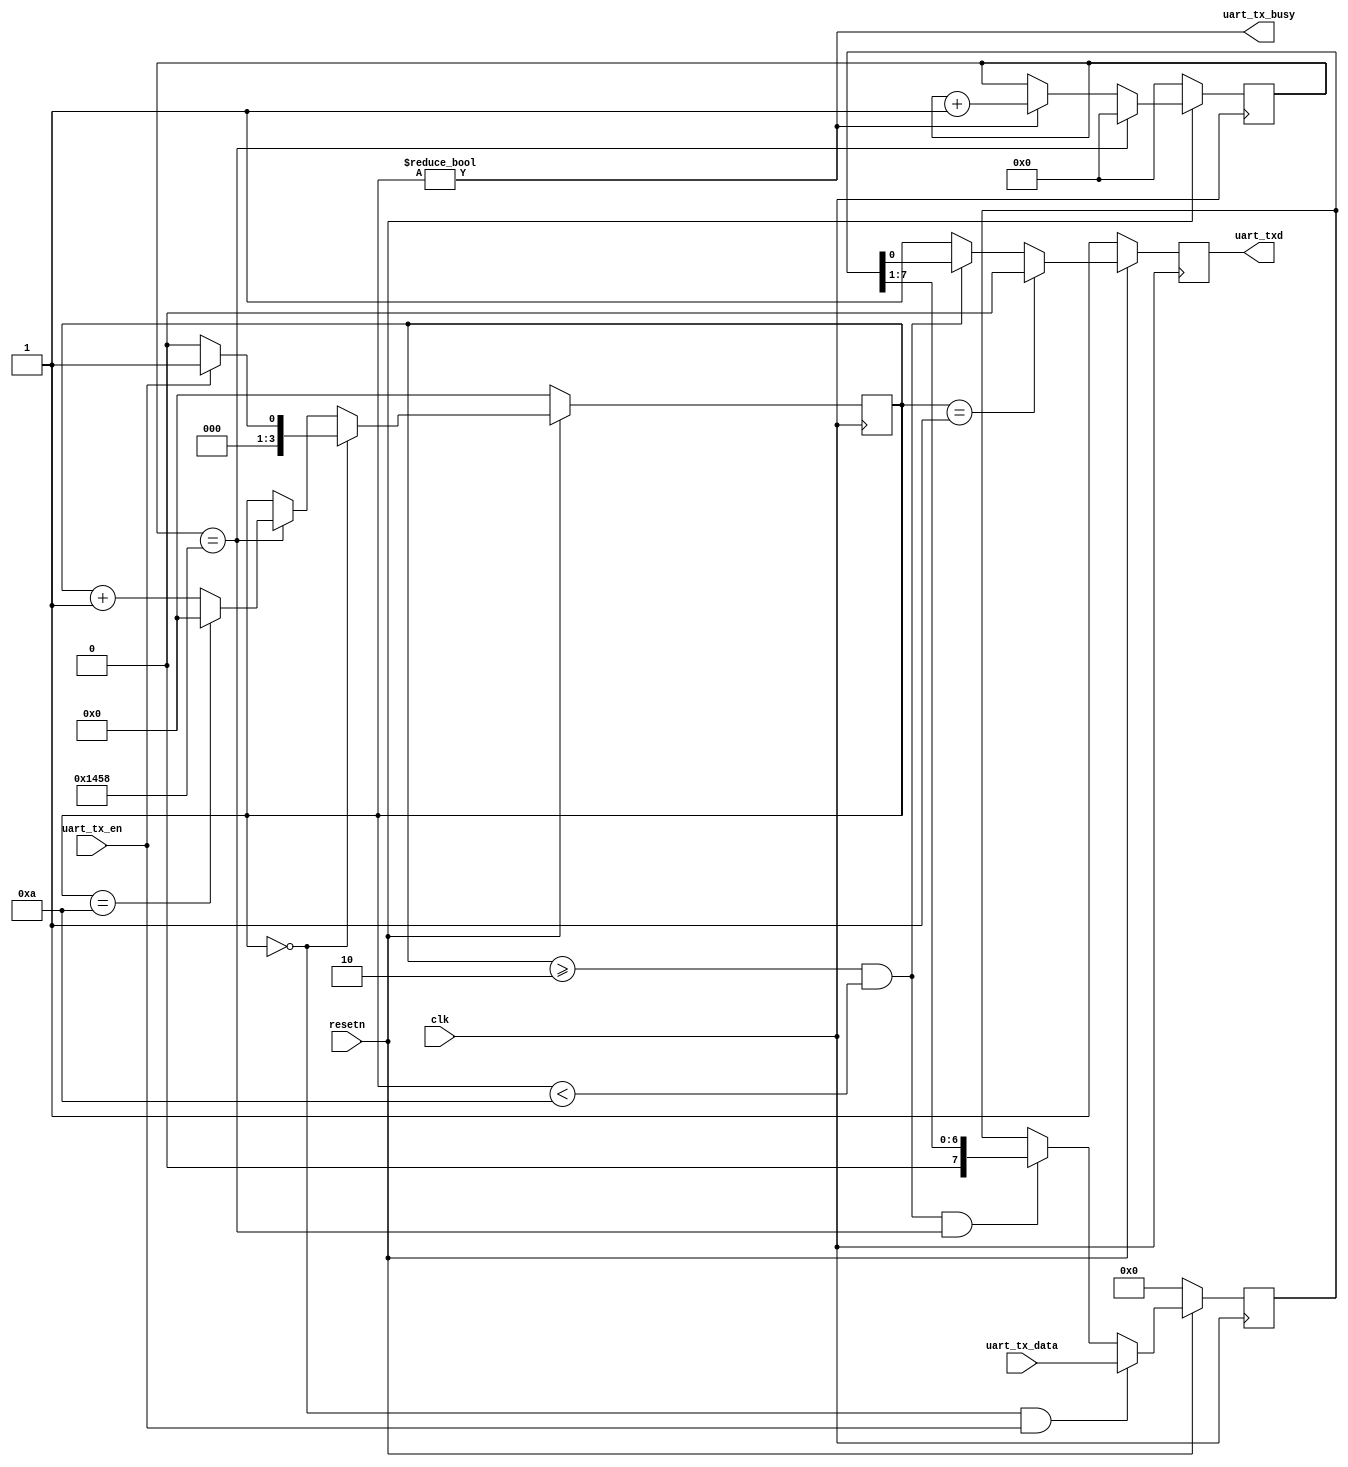
// Copyright (c) 2021 Ben Marshall
// Changes Copyright (c) 2023 Michael Bell
// MIT License

// 
// Module: uart_tx 
// 
// Notes:
// - UART transmitter module.
//

module uart_tx #(parameter 
    BIT_RATE     = 9600,       // Input bit rate of the UART line, bits / sec
    CLK_HZ       = 50_000_000, // Clock frequency in hertz.
    PAYLOAD_BITS = 8,          // Number of data bits sent per UART packet.
    STOP_BITS    = 1           // Number of stop bits indicating the end of a packet.
) (
    input  wire         clk         , // Top level system clock input.
    input  wire         resetn      , // Asynchronous active low reset.
    output wire         uart_txd    , // UART transmit pin.
    output wire         uart_tx_busy, // Module busy sending previous item.
    input  wire         uart_tx_en  , // Send the data on uart_tx_data
    input  wire [PAYLOAD_BITS-1:0]   uart_tx_data  // The data to be sent
);

// --------------------------------------------------------------------------- 
// Internal parameters.
// 

//
// Number of clock cycles per uart bit.
localparam       CYCLES_PER_BIT     = (CLK_HZ - 1) / BIT_RATE;

//
// Size of the registers which store sample counts and bit durations.
localparam       COUNT_REG_LEN      = 1+$clog2(CYCLES_PER_BIT);

// --------------------------------------------------------------------------- 
// Internal registers.
// 

//
// Internally latched value of the uart_txd line. Helps break long timing
// paths from the logic to the output pins.
reg txd_reg;

//
// Storage for the serial data to be sent.
reg [PAYLOAD_BITS-1:0] data_to_send;

//
// Counter for the number of cycles over a packet bit.
reg [COUNT_REG_LEN-1:0] cycle_counter;

//
// Current and next states of the internal FSM.
reg [3:0] fsm_state;

localparam FSM_IDLE = 0;
localparam FSM_START= 1;
localparam FSM_SEND = 2;
localparam FSM_STOP = 2 + PAYLOAD_BITS;
localparam FSM_END = FSM_STOP + STOP_BITS - 1;

// --------------------------------------------------------------------------- 
// FSM next state selection.
// 

assign uart_tx_busy = fsm_state != FSM_IDLE;
assign uart_txd     = txd_reg;

wire next_bit     = cycle_counter == CYCLES_PER_BIT[COUNT_REG_LEN-1:0];

//
// Handle picking the next state.
function [3:0] next_fsm_state(input tx_en);
    if (fsm_state == FSM_IDLE) begin
        if (tx_en) next_fsm_state = FSM_START;
        else next_fsm_state = FSM_IDLE;
    end else begin
        if (next_bit) begin
            if (fsm_state == FSM_END) next_fsm_state = FSM_IDLE;
            else next_fsm_state = fsm_state + 1;
        end else begin
            next_fsm_state = fsm_state;
        end
    end
endfunction

// --------------------------------------------------------------------------- 
// Internal register setting and re-setting.
// 

//
// Handle updates to the sent data register.
always @(posedge clk) begin : p_data_to_send
    if(!resetn) begin
        data_to_send <= {PAYLOAD_BITS{1'b0}};
    end else if(fsm_state == FSM_IDLE && uart_tx_en) begin
        data_to_send <= uart_tx_data;
    end else if(fsm_state >= FSM_SEND && fsm_state < FSM_STOP && next_bit) begin
        data_to_send <= {1'b0, data_to_send[PAYLOAD_BITS-1:1]};
    end
end


//
// Increments the cycle counter when sending.
always @(posedge clk) begin : p_cycle_counter
    if(!resetn) begin
        cycle_counter <= {COUNT_REG_LEN{1'b0}};
    end else if(next_bit) begin
        cycle_counter <= {COUNT_REG_LEN{1'b0}};
    end else if(fsm_state != FSM_IDLE) begin
        cycle_counter <= cycle_counter + 1'b1;
    end
end


//
// Progresses the next FSM state.
always @(posedge clk) begin : p_fsm_state
    if(!resetn) begin
        fsm_state <= FSM_IDLE;
    end else begin
        fsm_state <= next_fsm_state(uart_tx_en);
    end
end


//
// Responsible for updating the internal value of the txd_reg.
always @(posedge clk) begin : p_txd_reg
    if(!resetn) begin
        txd_reg <= 1'b1;
    end else if(fsm_state == FSM_START) begin
        txd_reg <= 1'b0;
    end else if(fsm_state >= FSM_SEND && fsm_state < FSM_STOP) begin
        txd_reg <= data_to_send[0];
    end else begin
        txd_reg <= 1'b1;
    end
end

endmodule